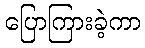
ပြောကြားခဲ့ကာ